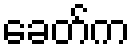
ခေတ်က